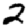
Digit: 2